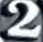
2